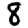
Digit: 8